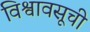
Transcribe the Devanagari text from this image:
विश्वावसूची